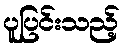
ပူပြင်းသည့်